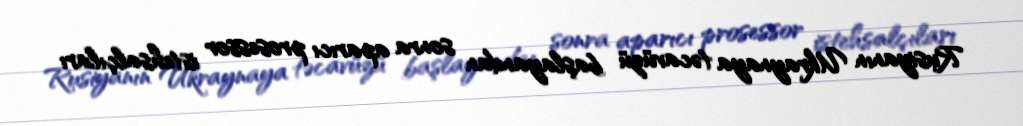
Rusiyanın Ukraynaya təcavüzü başlayandan sonra aparıcı prosessor istehsalçıları